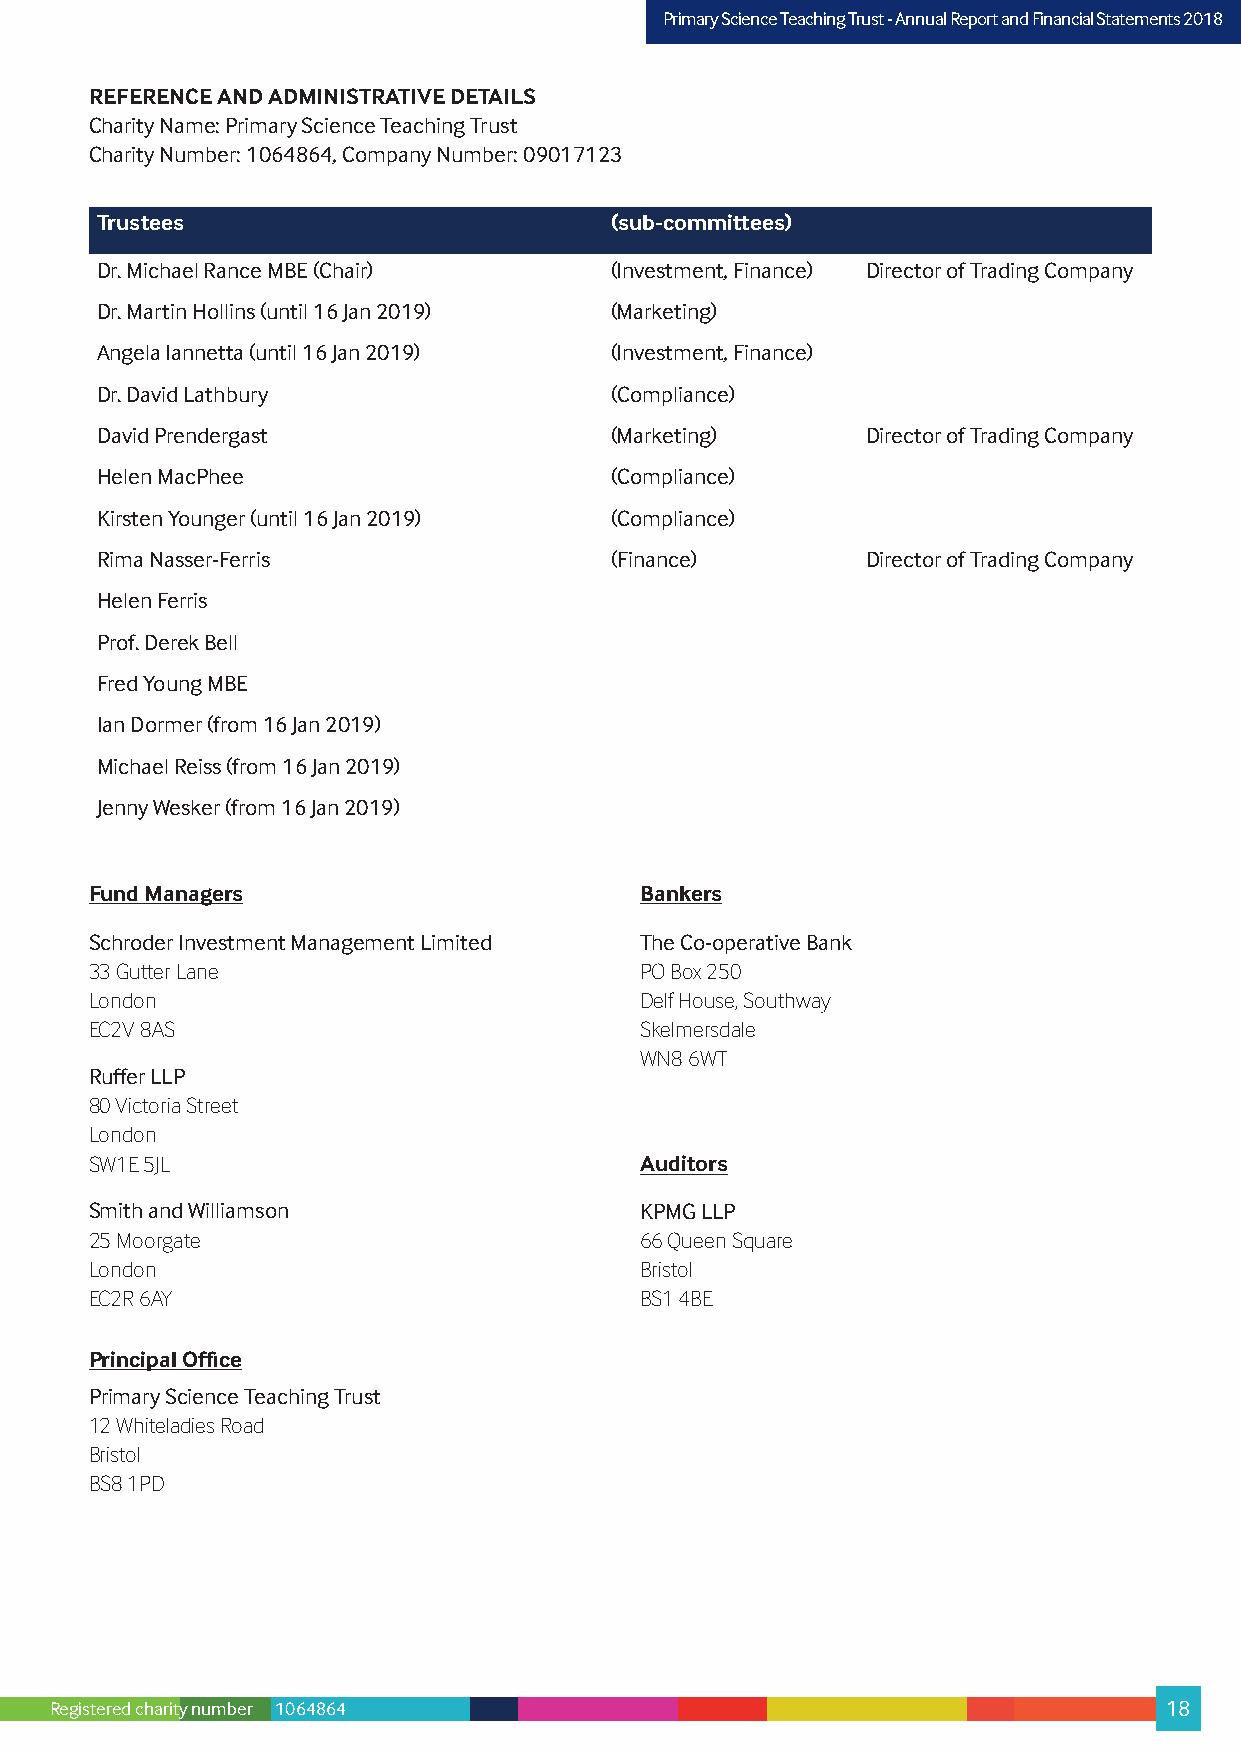
PPrriimmaarryy SScciieennccee TTeeaacchhiinngg TTrruusstt –- AAnnnnuuaall RReeppoorrtt aanndd FFiinnaanncciiaall SSttaatteemmeennttss 22001178
 REFERENCE AND ADMINISTRATIVE DETAILS
 Charity Name: Primary Science Teaching Trust
 Charity Number: 1064864, Company Number: 09017123
 Trustees                          (sub-committees)
 Dr. Michael Rance MBE (Chair)     (Investment, Finance) Director of Trading Company
 Dr. Martin Hollins (until 16 Jan 2019) (Marketing)
 Angela Iannetta (until 16 Jan 2019) (Investment, Finance)
 Dr. David Lathbury                (Compliance)
 David Prendergast                 (Marketing)      Director of Trading Company
 Helen MacPhee                     (Compliance)
 Kirsten Younger (until 16 Jan 2019) (Compliance)
 Rima Nasser-Ferris                (Finance)        Director of Trading Company
 Helen Ferris
 Prof. Derek Bell
 Fred Young MBE
 Ian Dormer (from 16 Jan 2019)
 Michael Reiss (from 16 Jan 2019)
 Jenny Wesker (from 16 Jan 2019)
 Fund Managers                       Bankers
 Schroder Investment Management Limited The Co-operative Bank
 33 Gutter Lane                      PO Box 250
 London                              Delf House, Southway
 EC2V 8AS                            Skelmersdale
 WN8 6WT
 Ruffer LLP
 80 Victoria Street
 London
 SW1E 5JL                            Auditors
 Smith and Williamson                KPMG LLP
 25 Moorgate                         66 Queen Square
 London                              Bristol
 EC2R 6AY                            BS1 4BE
 Principal Office
 Primary Science Teaching Trust
 12 Whiteladies Road
 Bristol
 BS8 1PD
 Registered charity number 1064864                                         18